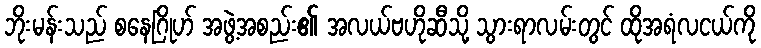
ဘိုးမန်းသည် စနေဂြိုဟ် အဖွဲ့အစည်း၏ အလယ်ဗဟိုဆီသို့ သွားရာလမ်းတွင် ထိုအရံလငယ်ကို